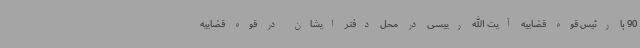
90 با رئیس قوه قضاییه آیت الله رییسی در محل دفتر ایشان در قوه قضاییه